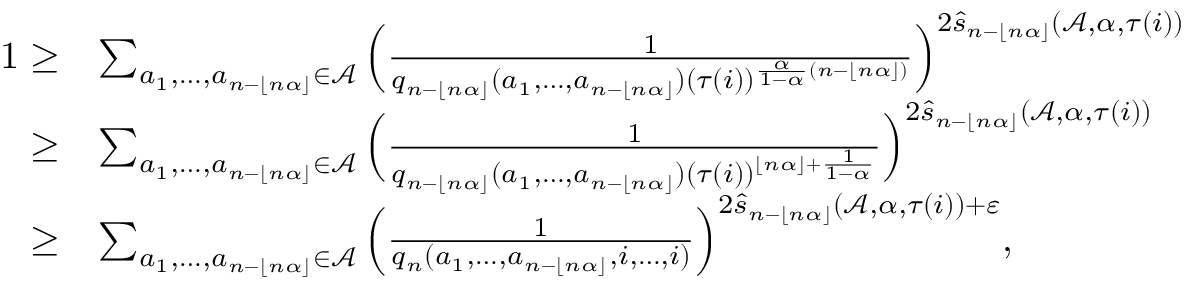
\begin{array} { r l } { 1 \ge } & { \sum _ { a _ { 1 } , \ldots , a _ { n - \lfloor n \alpha \rfloor } \in \mathcal { A } } \Big ( \frac { 1 } { q _ { n - \lfloor n \alpha \rfloor } ( a _ { 1 } , \ldots , a _ { n - \lfloor n \alpha \rfloor } ) ( \tau ( i ) ) ^ { \frac { \alpha } { 1 - \alpha } ( n - \lfloor n \alpha \rfloor ) } } \Big ) ^ { 2 \widehat { s } _ { n - \lfloor n \alpha \rfloor } ( \mathcal { A } , \alpha , { \tau ( i ) } ) } } \\ { \ge } & { \sum _ { a _ { 1 } , \ldots , a _ { n - \lfloor n \alpha \rfloor } \in \mathcal { A } } \Big ( \frac { 1 } { q _ { n - \lfloor n \alpha \rfloor } ( a _ { 1 } , \ldots , a _ { n - \lfloor n \alpha \rfloor } ) ( \tau ( i ) ) ^ { \lfloor n \alpha \rfloor + \frac { 1 } { 1 - \alpha } } } \Big ) ^ { 2 \widehat { s } _ { n - \lfloor n \alpha \rfloor } ( \mathcal { A } , \alpha , { \tau ( i ) } ) } } \\ { \ge } & { \sum _ { a _ { 1 } , \ldots , a _ { n - \lfloor n \alpha \rfloor } \in \mathcal { A } } \Big ( \frac { 1 } { q _ { n } ( a _ { 1 } , \ldots , a _ { n - \lfloor n \alpha \rfloor } , i , \ldots , i ) } \Big ) ^ { 2 \widehat { s } _ { n - \lfloor n \alpha \rfloor } ( \mathcal { A } , \alpha , { \tau ( i ) } ) + \varepsilon } , } \end{array}